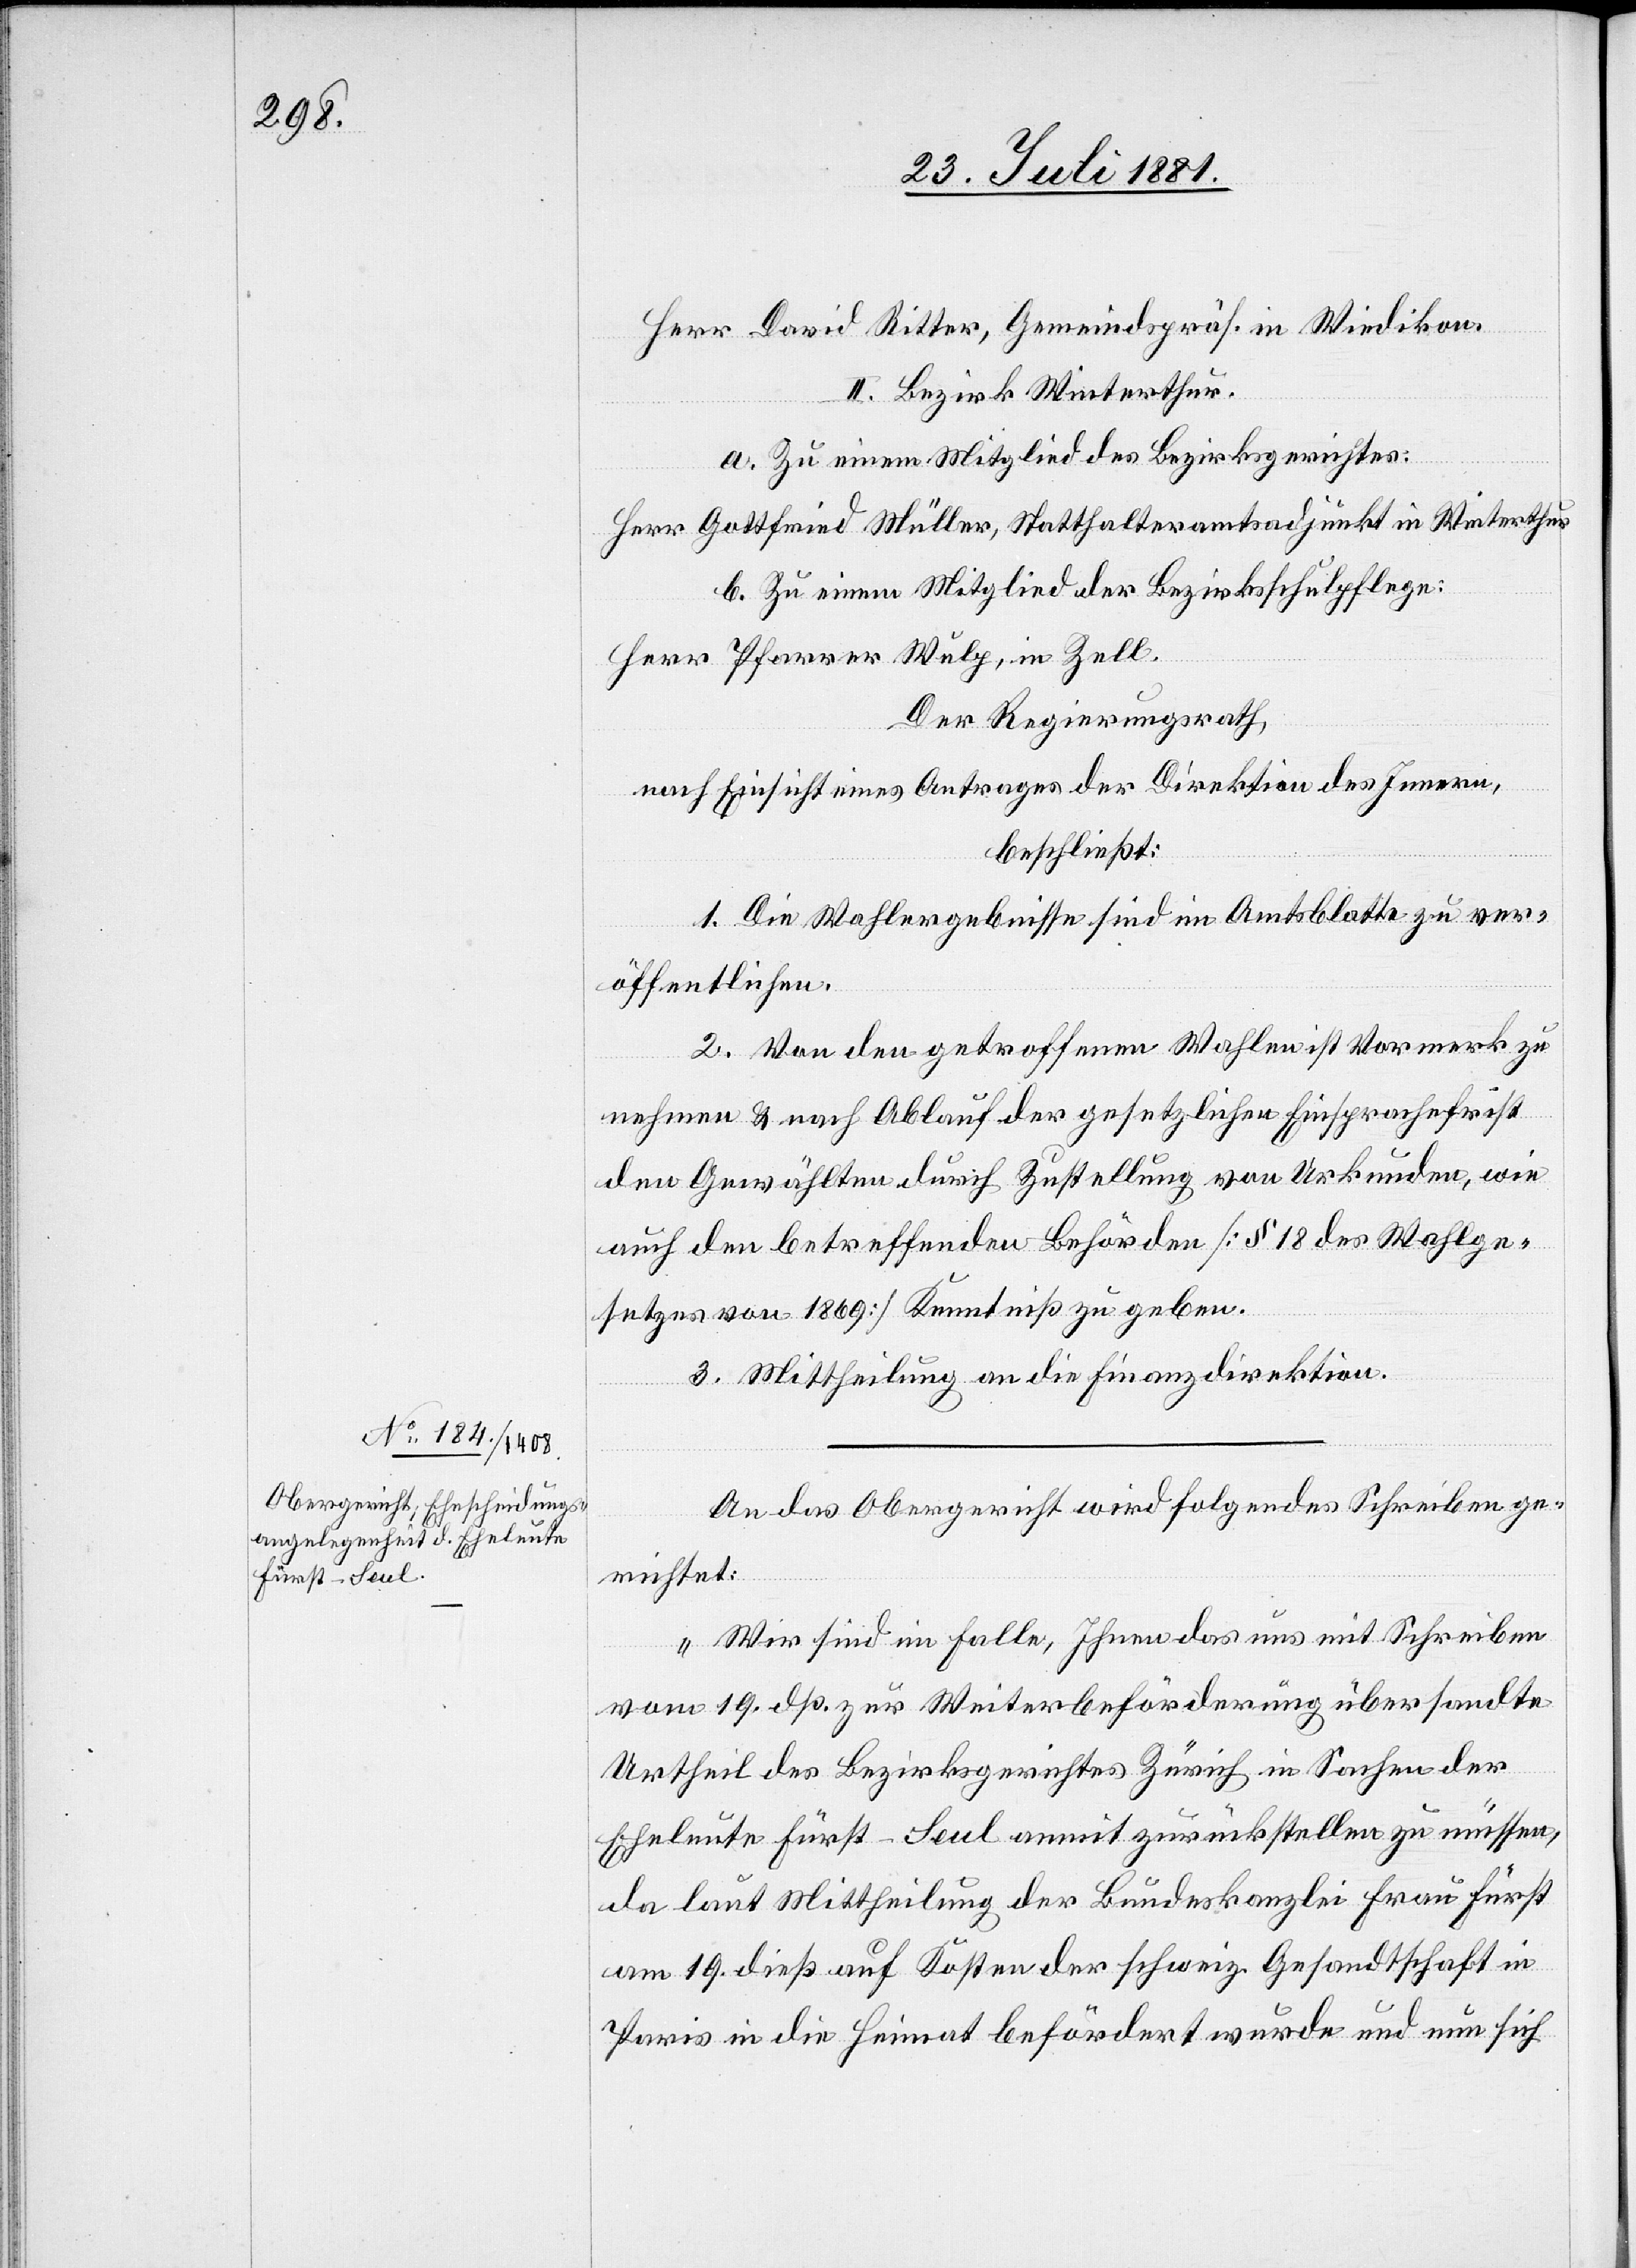
27. Juli 1881.]
Herr David Ritter, Gemeindspräs. in Wiedikon.
II. Bezirk Winterthur.
a. Zu einem Mitglied des Bezirksgerichtes:
Herr Gottfried Müller, Statthalteramtsadjunkt in Winterthur
b. Zu einem Mitglied der Bezirksschulpflege:
Herr Pfarrer Wulp, in Zell.
Der Regierungsrath,
nach Einsicht eines Antrages der Direktion des Innern,
beschließt:
1. Die Wahlergebnisse sind im Amtsblatte zu ver¬
öffentlichen.
2. Von den getroffenen Wahlen ist Vormerk zu
nehmen & nach Ablauf der gesetzlichen Einsprachfrist
den Gewählten durch Zustellung von Urkunden, wie
auch den betreffenden Behörden [§ 18 des Wahlge¬
setzes von 1869] Kenntniß zu geben.
3. Mittheilung an die Finanzdirektion.
An das Obergericht wird folgendes Schreiben ge¬
richtet:
„Wir sind im Falle, Ihnen das uns mit Schreiben
vom 19. dß. zur Weiterbeförderung übersandte
Urtheil des Bezirksgerichtes Zürich in Sachen der
Eheleute Fürst-Seul anmit zurückstellen zu müssen,
da laut Mittheilung der Bundeskanzlei Frau Fürst
am 19. dieß auf Kosten der schweiz. Gesandtschaft in
Paris in die Heimat befördert wurde und nun sich